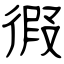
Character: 徦